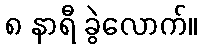
၈ နာရီ ခွဲလောက်။